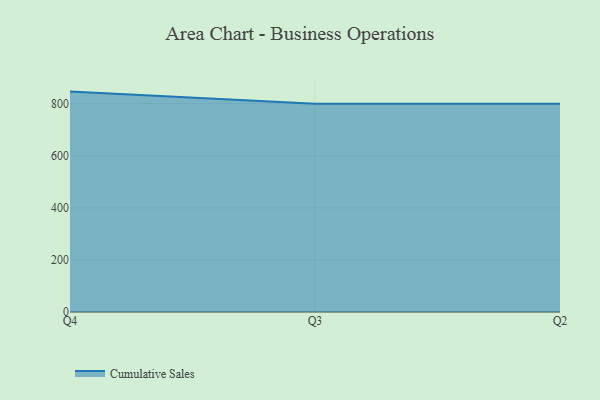
{"axis": {"x": "Quarter", "y": "Active Users"}, "legend": ["Cumulative Sales"], "data": [{"x": "Q4", "y": 846.4, "type": "Cumulative Sales"}, {"x": "Q3", "y": 800, "type": "Cumulative Sales"}, {"x": "Q2", "y": 800, "type": "Cumulative Sales"}]}